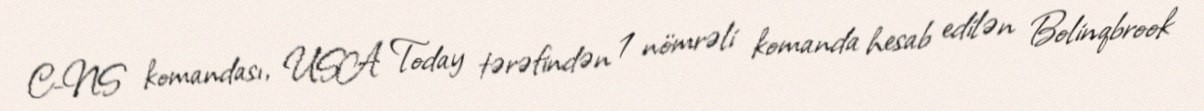
C-NS komandası, USA Today tərəfindən 1 nömrəli komanda hesab edilən Bolinqbrook